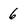
Character: 6